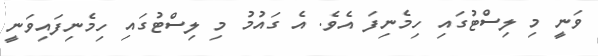
ވަނީ މި ލިސްޓުގައި ހިމެނިފަ އެވެ. އެ ގައުމު މި ލިސްޓުގައި ހިމެނިފައިވަނީ